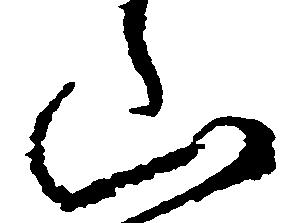
山